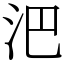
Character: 𣲩